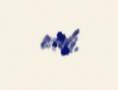
etdi.